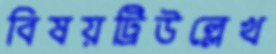
বিষয়ট্রিউল্লেখ